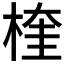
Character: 𪶙